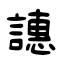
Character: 譓